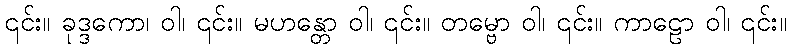
၎င်း။ ခုဒ္ဒကော၊ ဝါ၊ ၎င်း။ မဟန္တော ဝါ၊ ၎င်း။ တမ္ဗော ဝါ၊ ၎င်း။ ကာဠော ဝါ၊ ၎င်း။